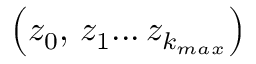
\left( z _ { 0 } , \, z _ { 1 } . . . \, z _ { k _ { m a x } } \right)